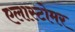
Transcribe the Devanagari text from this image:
एलास्टोमर